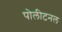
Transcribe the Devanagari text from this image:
पोलीटनल